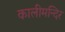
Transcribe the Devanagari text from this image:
कालीमन्दिर